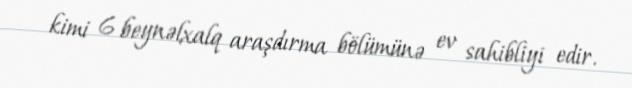
kimi 6 beynəlxalq araşdırma bölümünə ev sahibliyi edir.